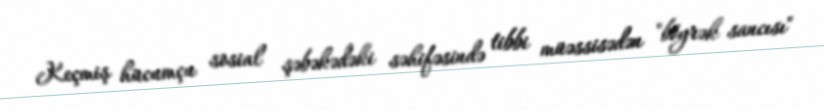
Keçmiş hücumçu sosial şəbəkədəki səhifəsində tibbi müəssisədən "böyrək sancısı"